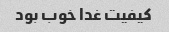
کیفیت غدا خوب بود